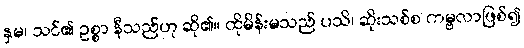
နှမ၊ သင်၏ ဥစ္စာ နီသည်ဟု ဆို၏။ ထိုမိန်းမသည် ပသိ၊ ဆိုးသစ်စ ကမ္ဗလာဖြစ်၍